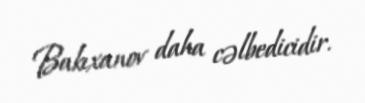
Bakıxanov daha cəlbedicidir.